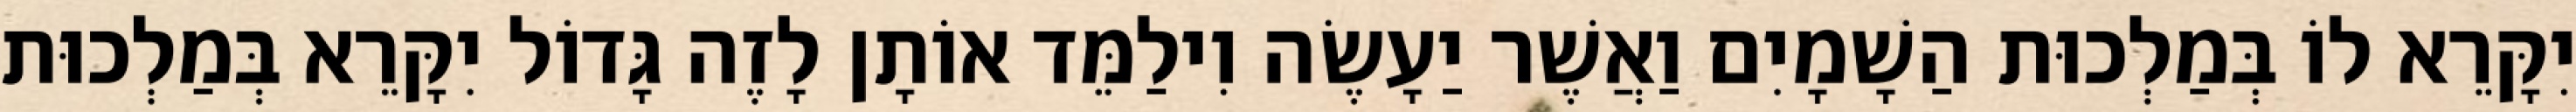
יִקָּרֵא לוֹ בְּמַלְכוּת הַשָׁמָיִם וַאֲשֶׁר יַעָשֶׂה וִילַמֵּד אוֹתָן לָזֶה גָּדוֹל יִקָּרֵא בְּמַלְכוּת